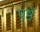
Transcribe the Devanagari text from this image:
पृष्ठें